Suure-Kopu_vallavalitsus, lk 79
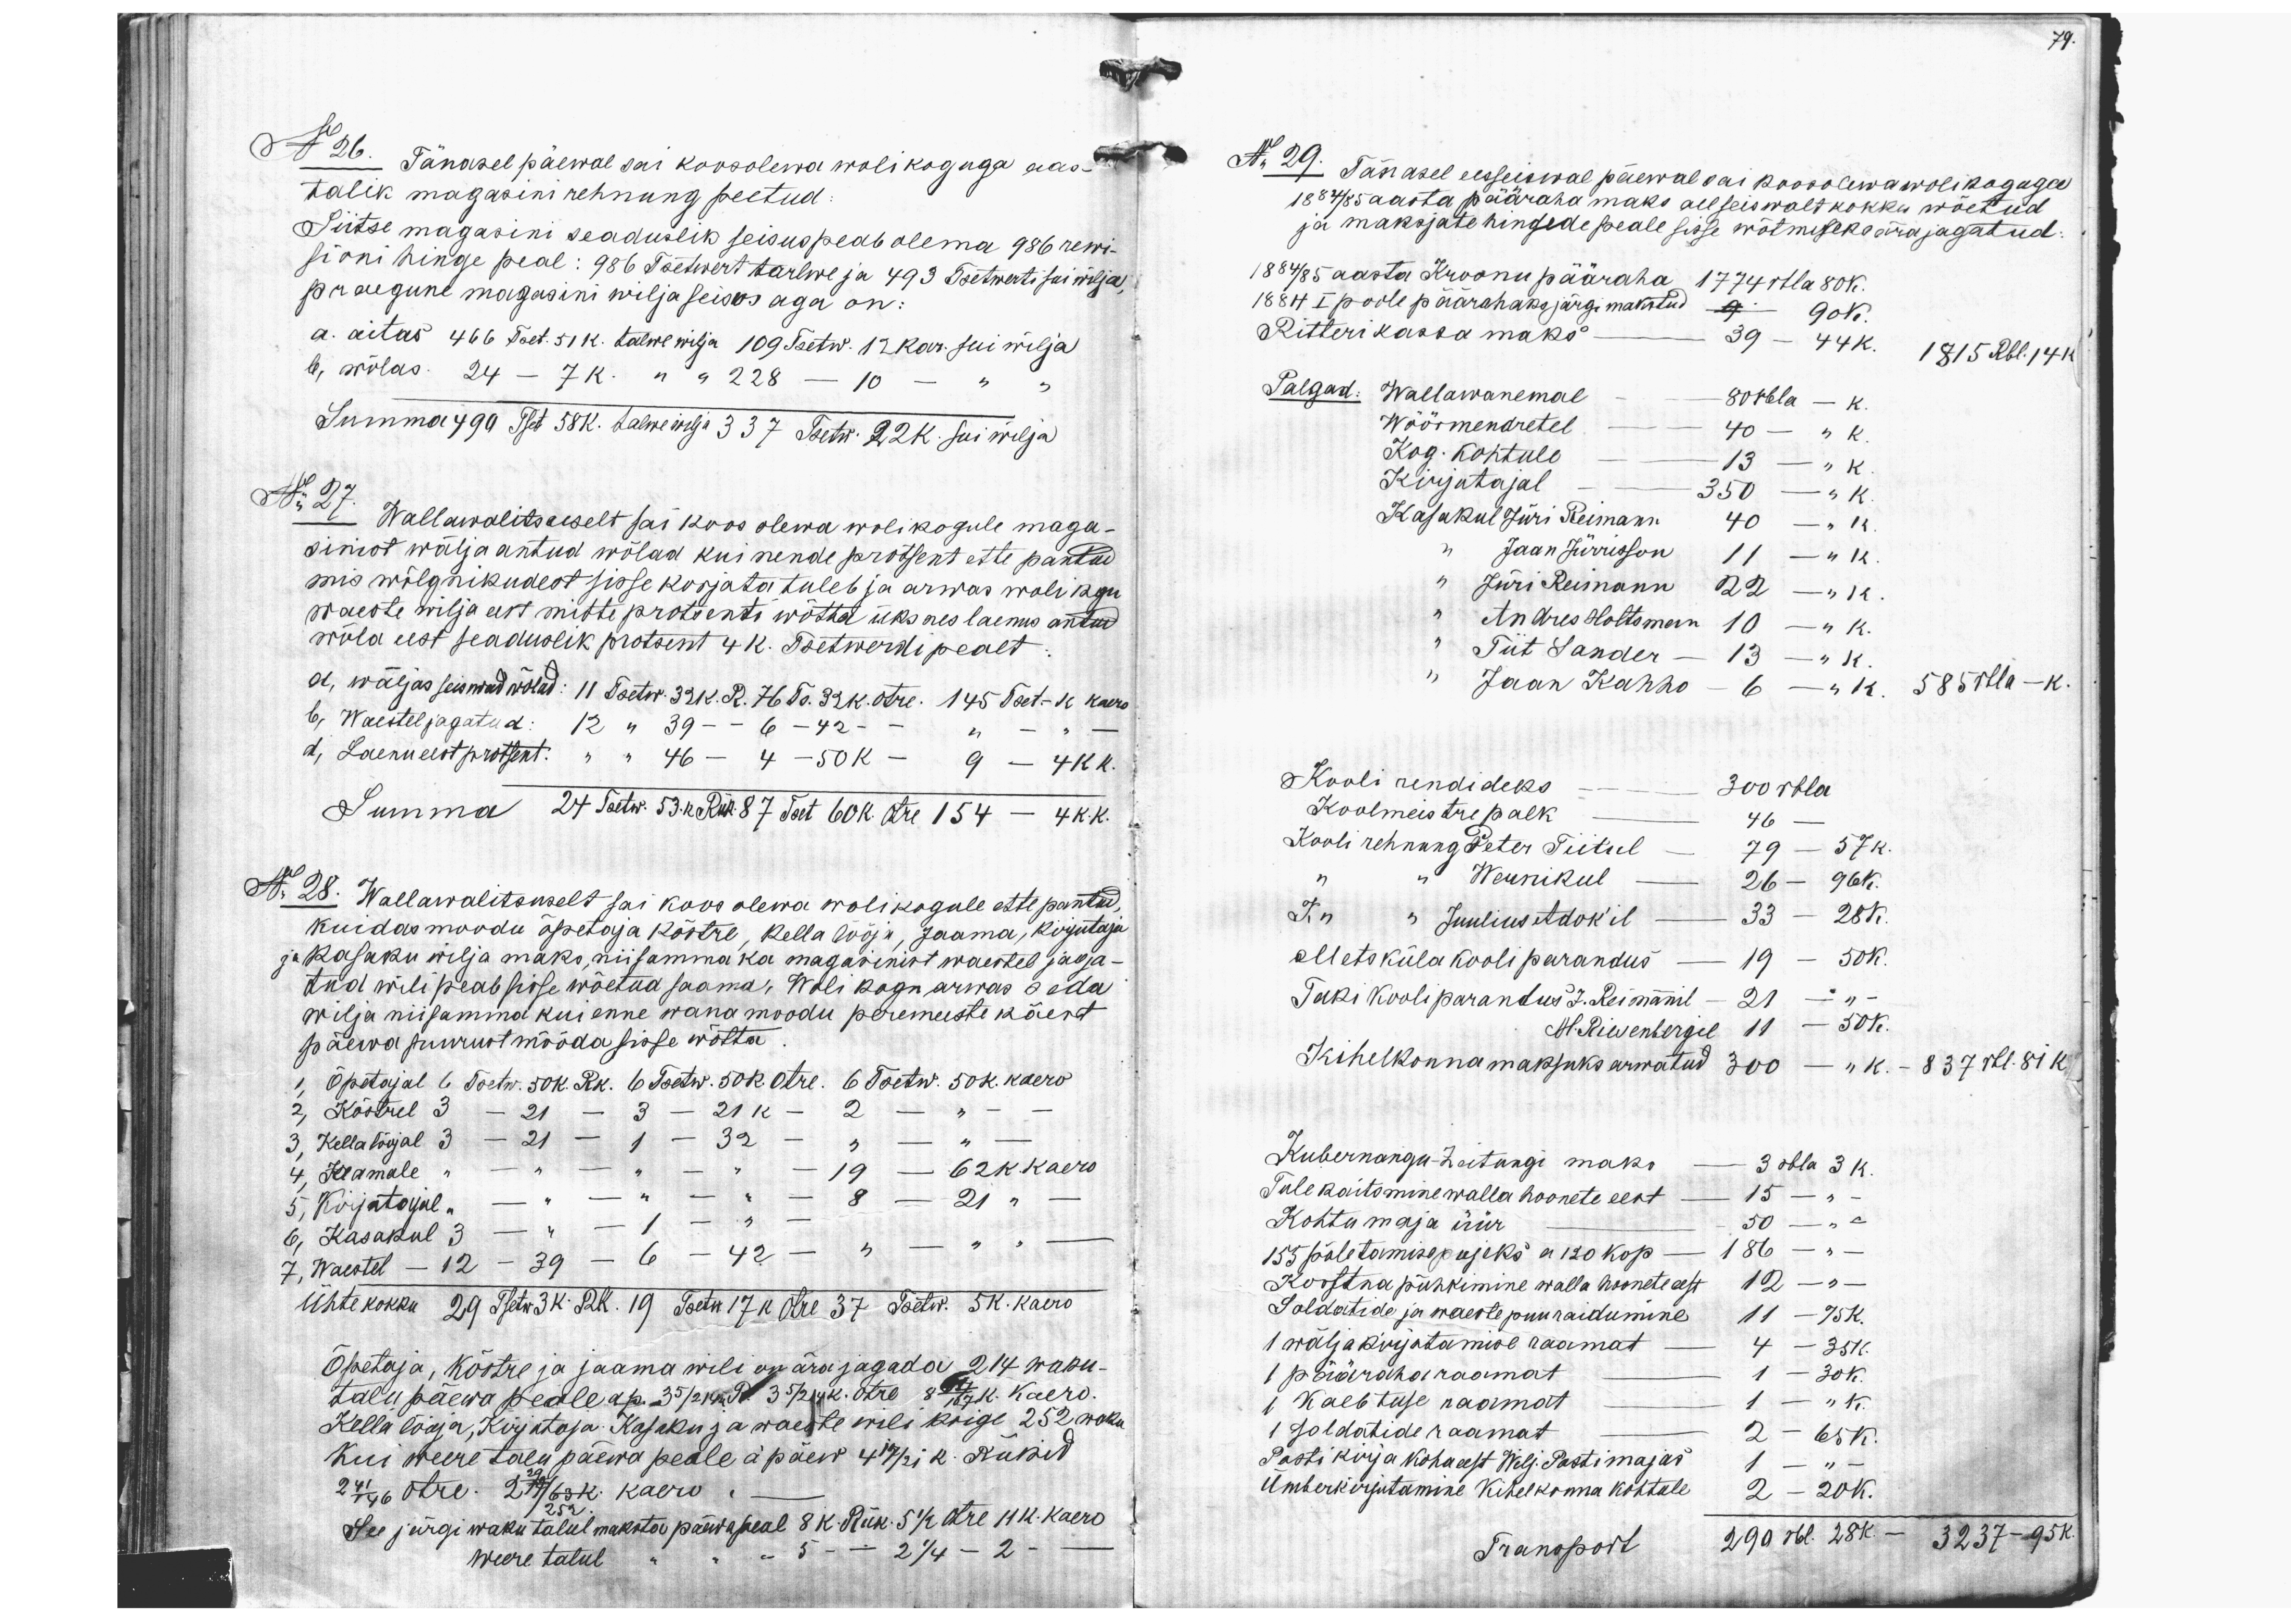
No 26. Tänasel päewal sai koosolewa wolikoguga aas-
talik magasini rehnung peetud
Siitse magasini seaduslik seisus peab olema 986 rewi-
sioni hinge peal: 986 Tsetwert tarlwe ja 493 Tsetwerti sui wilja,
praegune magasini wilja seisus aga on:
a. aitas 466 Tset. 51K. talwe wilja 109 Tsetw. 12 kar. sui wilja
Summa 490 Tset 58 K. talwe wilja 337 Tsetw. 22 K. sui wilja
b, wõlas. 24 - 7 K. "  "  228 - 10 - "  "
No 27. Wallawalitsuselt sai koos olewa wolikogule maga-
sinist wälja antud wõlad kui nende protsent ette pantud
mis wõlgnikudest sisse korjata tuleb ja arwas wolikogu
waeste wilja eest mitte protsenti wõtta üksnes laenus antud
wõla eest seaduslik protsent 4 K. Tsetwerdi pealt
a, wäljas seiswad wõlad: 11 Tsetw. 32 K. R. 76 Ts. 32 K. otre. 145 Tset-K kaero
b, Waestel jagatud: 12 " 39 - - 6 - 42 - - " - " -
d, Laenueest protsent. " " 46 - 4 - 50 K - 9 - 4 K.K.
Summa 24 Tsetw. 53 K. Rük. 87 Tset 60K. otre 154 - 4 K. K.
No 28. Wallawalitsuselt sai koos olewa wolikogule ettepantud,
kuidas moodu õpetaja köstre, kellalööja, Jaama, kirjutaja
ja Kasaku wilja maks, niisamma ka magarinist waestel jaga-
tud wili peab sisse wõetud saama, Wolikogu arwas seda
wilja niisamma kui enne wana moodu peremeeste käest
päewa suurust mööda sisse wõtta.
1, Õpetajal 6 Tsetw. 50 K. Rk. 6 Tsetw. 50 K. otre. 6 Tsetw 50 K kaero
2, Köstrel 3 - 21 - 3 - 21 K - 2 - " - -
3, Kellalööjal 3 - 21 - 1 - 32 - " - " -
4, Jaamale " - " - " - " - 19 - 62 K. kaero
5, Kirjatojul " - " - " - " -  8 - 21 " -
6, Kasakul 3  " - 1 - " -
7, Waestel - 12 - 39 - 6 - 42 - " " -
ühte kokku 29 Tsetw 3 K. RK. 19 Tsetw 17 K. Otre 37 Tsetw. 5 K. Kaero
Õpetaja, kõstre ja saama wili on ära jagada: 214 wabu-
talu päewa peale ap. 3 5/214. R. 3 5/214 K. otre 8 /107 K. kaero
Kella lööja, Kirjutaja, Kasaku ja waeste wili kõige 252 waka
Kui Weere talupäewa peale a päew 4 17/21 K. Rükid
2 41/146 otre. 2 29/63 K kaero.
252
See järgi waku talul maksta päewa peal 8 K. Rük. 5 1/2 otre 11 K kaero
Weere talul " " -"5 -  - 2 1/4 - 2 - -

79.
Nr 29. Tänasel eesseiswal päewal sai koosolewa wolikoguga
1884/85 aasta pääraha maks all seiswalt kokku wõetud
ja maksjate hingede peale sisse wõtmiseks ära jagatud:
1884/85 aasta Kroonu pääraha 1774 rbla 80K.
1884 I poole päärahaks järgi makstud 9 90 kop.
Ritterikassa maks - 39 - 44k.
1815 Rbl. 14k.
Palgad: Wallawanemal - 80 rbla - K.
Wöörmendretel - 40 - " K.
Kog. kohtule - 13 - " K.
Kirjutajal - 350 -" K.
Kasakul Jüri Reimann 40 -" K.
" Jaan Jürisson 11 -" K.
" Jüri Reimann 22 -" K.
" Andres Holtsmann 10 -" K.
" Tiit Sander - 13 -" K.
" Jaan Kahho - 6-" K. 585rbla -K.
Kooli rendideks - 300 rbla
Koolmeistre palk - 46 -
Kooli rehnung Peter Tiitul - 79 - 57 K.
" " Wernikul - 26 - 96 K.
K. n. " Juulius Adok'il - 33 - 28 K.
Metsküla kooliparandus - 19 - 50 K.
Taki kooli parandus J. Reimanil - 21 - " -
M. Riesenbergil 11 - 50 K.
Kihelkonnamaksuks arwatud 300 - " K.    837 rbl. 81k.
Kubernangu-Zeitungi maks - 3 rbla 3 K.
Tule kaitsmine walla hoonete eest - 15 - " -
Kohtumaja üür - 50 - " -
155 põletamise pujeks a 120 kop - 186 - " -
Korstna pühkimine walla hoonete eest 12 - " -
Soldatide ja waeste puuraidumine 11 - 75 K.
1 wäljakirjutamise raamat - 4 - 35 K.
1 pääraha raamat - 1 - 30 K.
1 Kaebtuse raamat - 1 - " K.
1 soldatide raamat - 2 - 65 K.
Posti kirja koha eest Wilj Postimajas 1 - " -
ümberkirjutamine Kihelkonna kohtule 2 - 20 K.
Transport 290 rbl. 28 K. 3237-95 K.